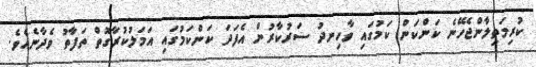
ކުރިމަތިލާންޖެހޭނެ ކަންކަން ކަމުގައި ވާހިނދު ސަރުކާރުން އެފަދަ ކަންކަމުގައި އަމަލުކުރާގޮތް ތަފާތު ވެދާނެއެވެ.